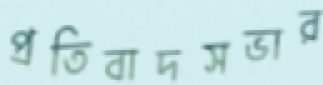
প্রতিবাদসভার